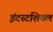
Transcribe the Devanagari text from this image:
इंटस्टशियल